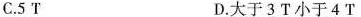
C.5T D.大于3T小于4T